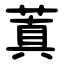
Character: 蒖